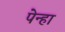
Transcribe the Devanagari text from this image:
पेन्हा